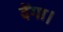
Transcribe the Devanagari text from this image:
देंगा।